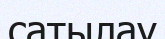
сатылау